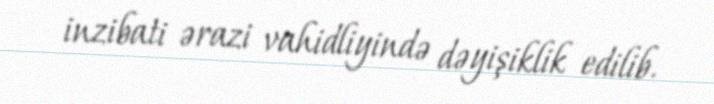
inzibati ərazi vahidliyində dəyişiklik edilib.